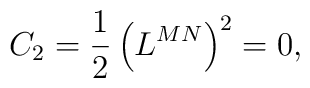
C_2=\frac 12\left( L^{MN}\right) ^2=0,